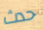
حدث